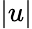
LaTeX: \vert u\vert